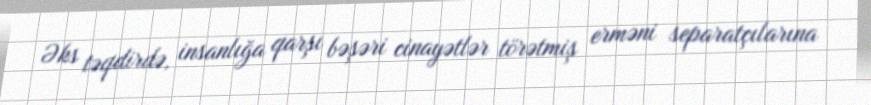
Əks təqdirdə, insanlığa qarşı bəşəri cinayətlər törətmiş erməni separatçılarına